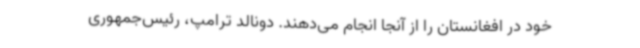
خود در افغانستان را از آنجا انجام می‌دهند. دونالد ترامپ، رئیس‌جمهوری